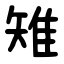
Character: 雉